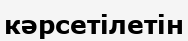
кәрсетілетін